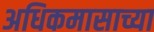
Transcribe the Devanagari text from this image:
अधिकमासाच्या